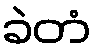
ခဲတံ